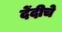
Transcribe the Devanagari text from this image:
देंदीचे